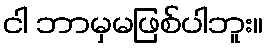
ငါ ဘာမှမဖြစ်ပါဘူး။